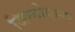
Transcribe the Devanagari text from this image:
जिन्गोएल्स